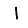
Digit: 1